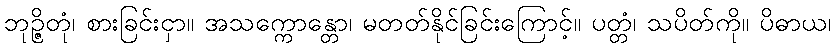
ဘုဉ္ဇိတုံ၊ စားခြင်းငှာ။ အသက္ကောန္တော၊ မတတ်နိုင်ခြင်းကြောင့်။ ပတ္တံ၊ သပိတ်ကို။ ပိဓာယ၊